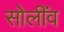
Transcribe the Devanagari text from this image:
सोलींव